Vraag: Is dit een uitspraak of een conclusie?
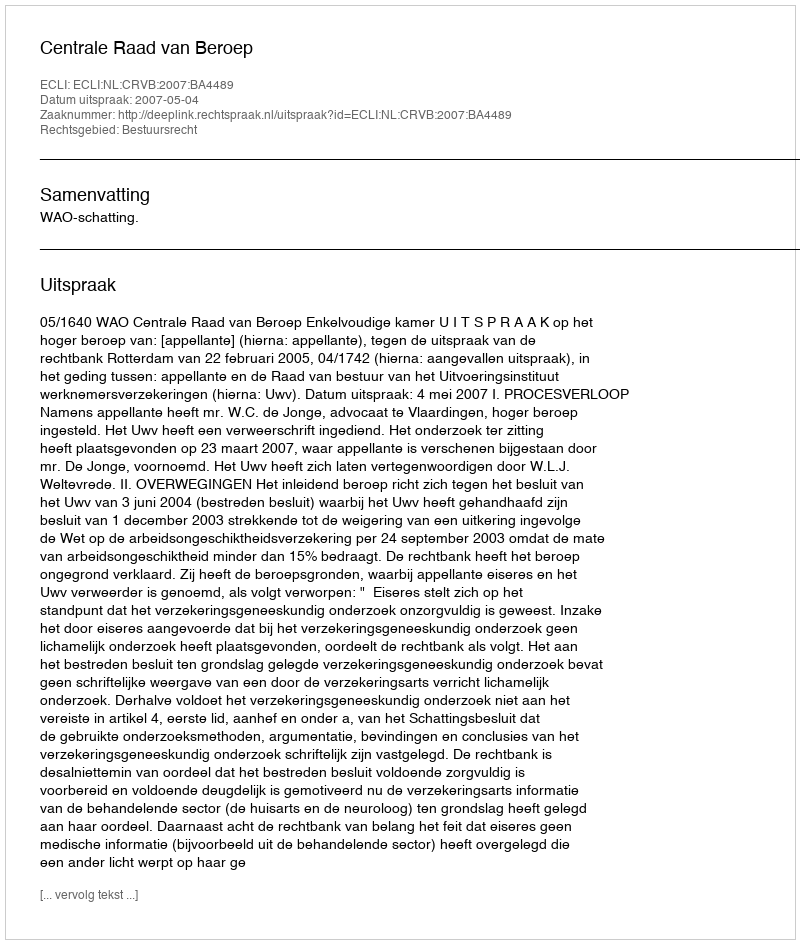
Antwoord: Uitspraak